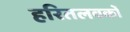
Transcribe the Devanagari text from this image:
हरितलवकों